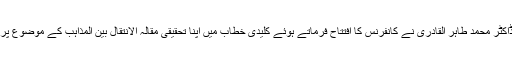
شیخ الاسلام ڈاکٹر محمد طاہر القادری نے کانفرنس کا اِفتتاح فرماتے ہوئے کلیدی خطاب میں اپنا تحقیقی مقالہ الانتقال بین المذاہب کے موضوع پر پیش کیا تھا۔